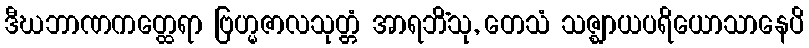
ဒီဃဘာဏကတ္ထေရာ ဗြဟ္မဇာလသုတ္တံ အာရဘိံသု, တေသံ သဇ္ဈာယပရိယောသာနေပိ